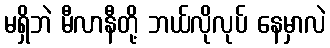
မရှိဘဲ မီလာနီတို့ ဘယ်လိုလုပ် နေမှာလဲ